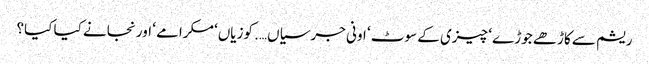
ریشم سے کاڑھے جوڑے ‘ چیزی کے سوٹ ‘ اونی جرسیاں…. کوزیاں‘ مکرامے ‘ اور نجانے کیا کیا؟